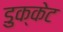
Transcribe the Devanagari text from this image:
डुक्केट